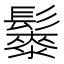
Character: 𱆇